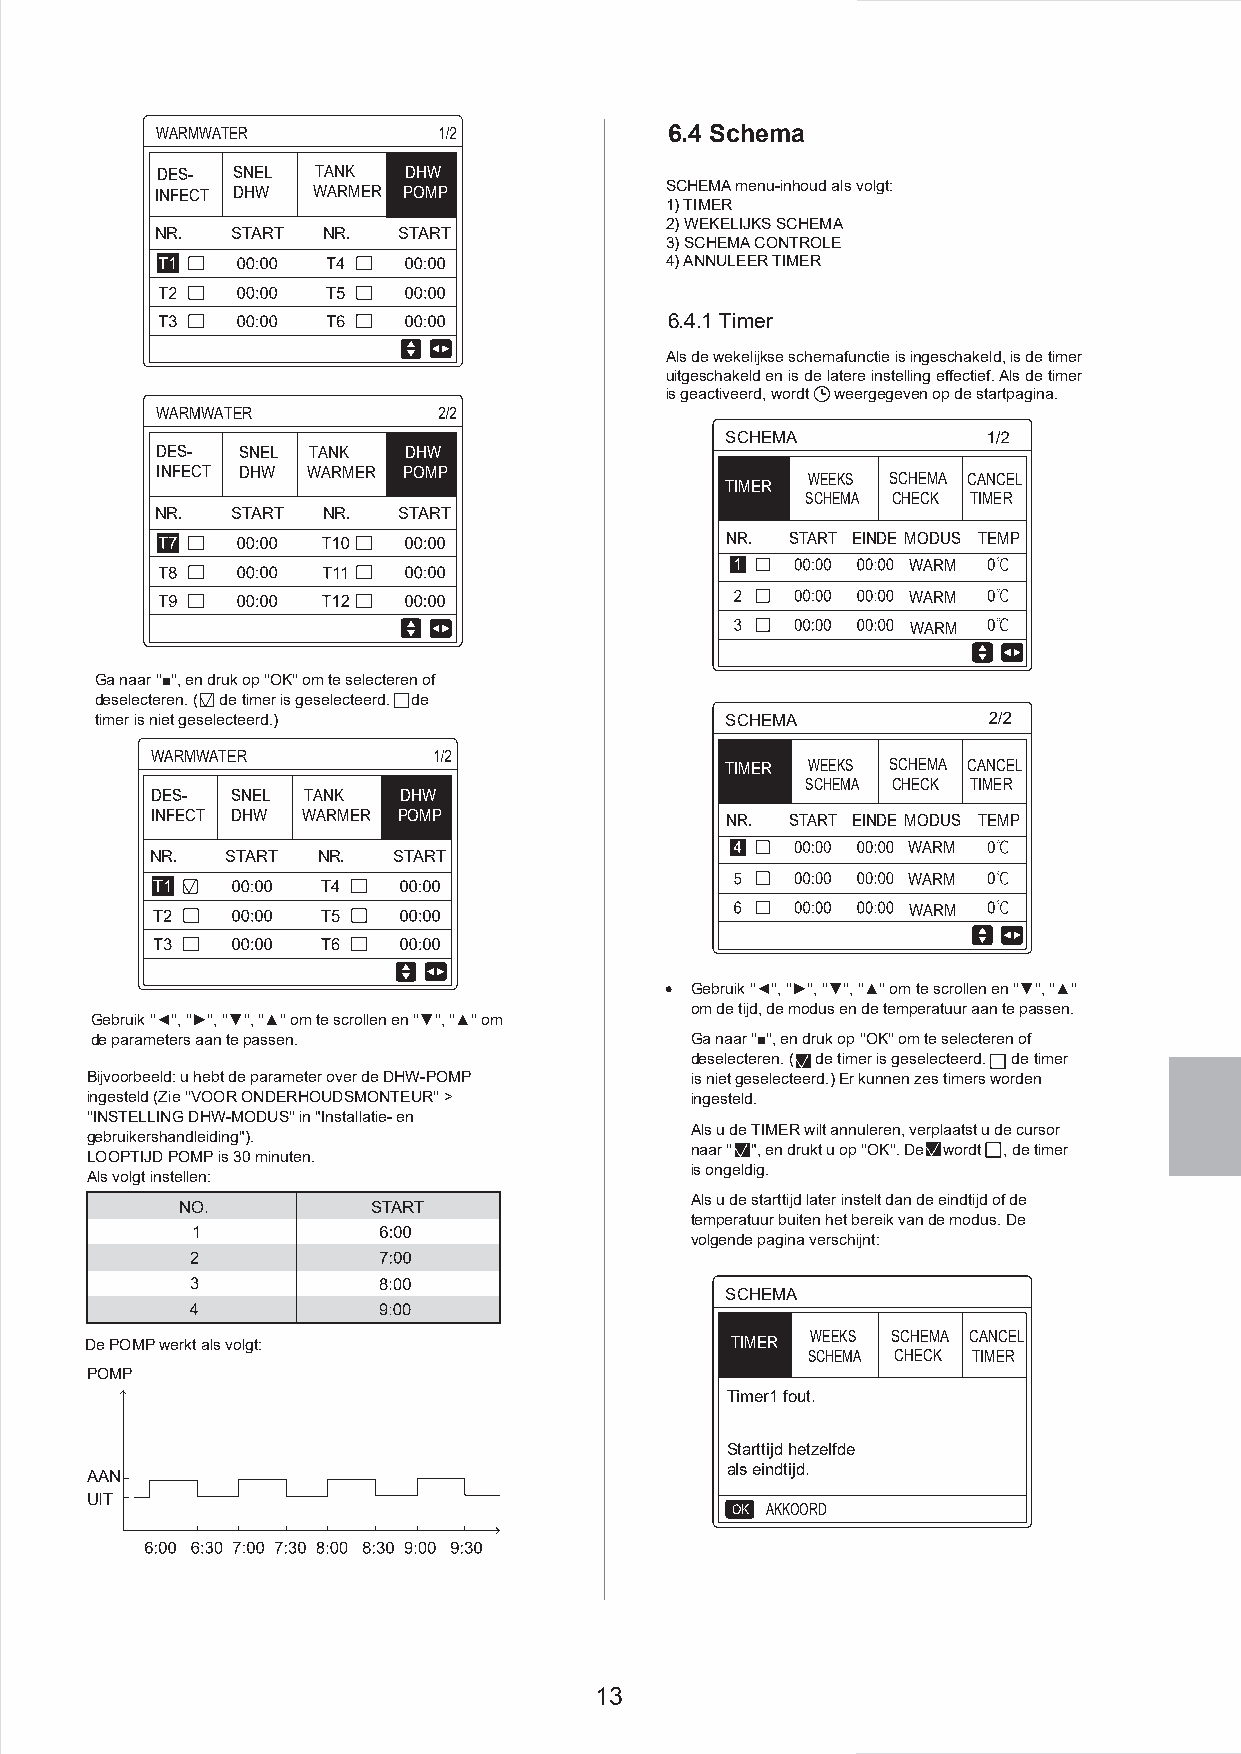
WARMWATER                         6.4 Schema
 DES- SNEL  TANK  DHW
 INFECT DHW WARMER POMP            SCHEMA menu-inhoud als volgt:
 1) TIMER
 2) WEKELIJKS SCHEMA
 NR.  START NR.  START
 3) SCHEMA CONTROLE
 4) ANNULEER TIMER
 6.4.1 Timer
 Als de wekelijkse schemafunctie is ingeschakeld, is de timer
 uitgeschakeld en is de latere instelling effectief. Als de timer
 is geactiveerd, wordt weergegeven op de startpagina.
 WARMWATER
 SCHEMA
 DES-  SNEL TANK  DHW
 INFECT DHW WARMER POMP
 WEEKS SCHEMA CANCEL
 TIMER
 SCHEMA CHECK TIMER
 NR.  START NR.  START
 NR. START EINDE MODUS TEMP
 WARM
 WARM
 WARM
 Ga naar ''■'', en druk op ''OK'' om te selecteren of
 deselecteren. ( de timer is geselecteerd. de
 timer is niet geselecteerd.)              SCHEMA
 WARMWATER
 TIMER WEEKS SCHEMA CANCEL
 SCHEMA CHECK TIMER
 DES- SNEL TANK  DHW
 INFECT DHW WARMER POMP                NR. START EINDE MODUS TEMP
 WARM
 NR.  START NR.  START
 WARM
 WARM
 Gebruik ''◄'', ''►'', ''▼'', ''▲'' om te scrollen en ''▼'', ''▲''
 om de tijd, de modus en de temperatuur aan te passen.
 Gebruik ''◄'', ''►'', ''▼'', ''▲'' om te scrollen en ''▼'', ''▲'' om
 de parameters aan te passen.            Ga naar ''■'', en druk op ''OK'' om te selecteren of
 deselecteren. ( de timer is geselecteerd. de timer
 Bijvoorbeeld: u hebt de parameter over de DHW-POMP is niet geselecteerd.) Er kunnen zes timers worden
 ingesteld (Zie ''VOOR ONDERHOUDSMONTEUR'' > ingesteld.
 ''INSTELLING DHW-MODUS'' in "Installatie- en
 Als u de TIMER wilt annuleren, verplaatst u de cursor
 gebruikershandleiding").
 naar '' X ", en drukt u op ''OK''. De X wordt , de timer
 LOOPTIJD POMP is 30 minuten.
 is ongeldig.
 Als volgt instellen:
 Als u de starttijd later instelt dan de eindtijd of de
 NO.          START
 temperatuur buiten het bereik van de modus. De
 volgende pagina verschijnt:
 SCHEMA
 De POMP werkt als volgt:                  TIMER WEEKS SCHEMA CANCEL
 SCHEMA CHECK TIMER
 POMP
 Timer1 fout.
 Starttijd hetzelfde
 als eindtijd.
 AAN
 UIT
 OK AKKOORD